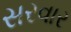
સરવાર